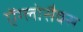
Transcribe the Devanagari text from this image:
ऐंग्लोसैक्स